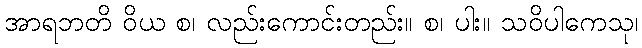
အာရဘတိ ဝိယ စ၊ လည်းကောင်းတည်း။ စ၊ ပါး။ သဝိပါကေသု၊